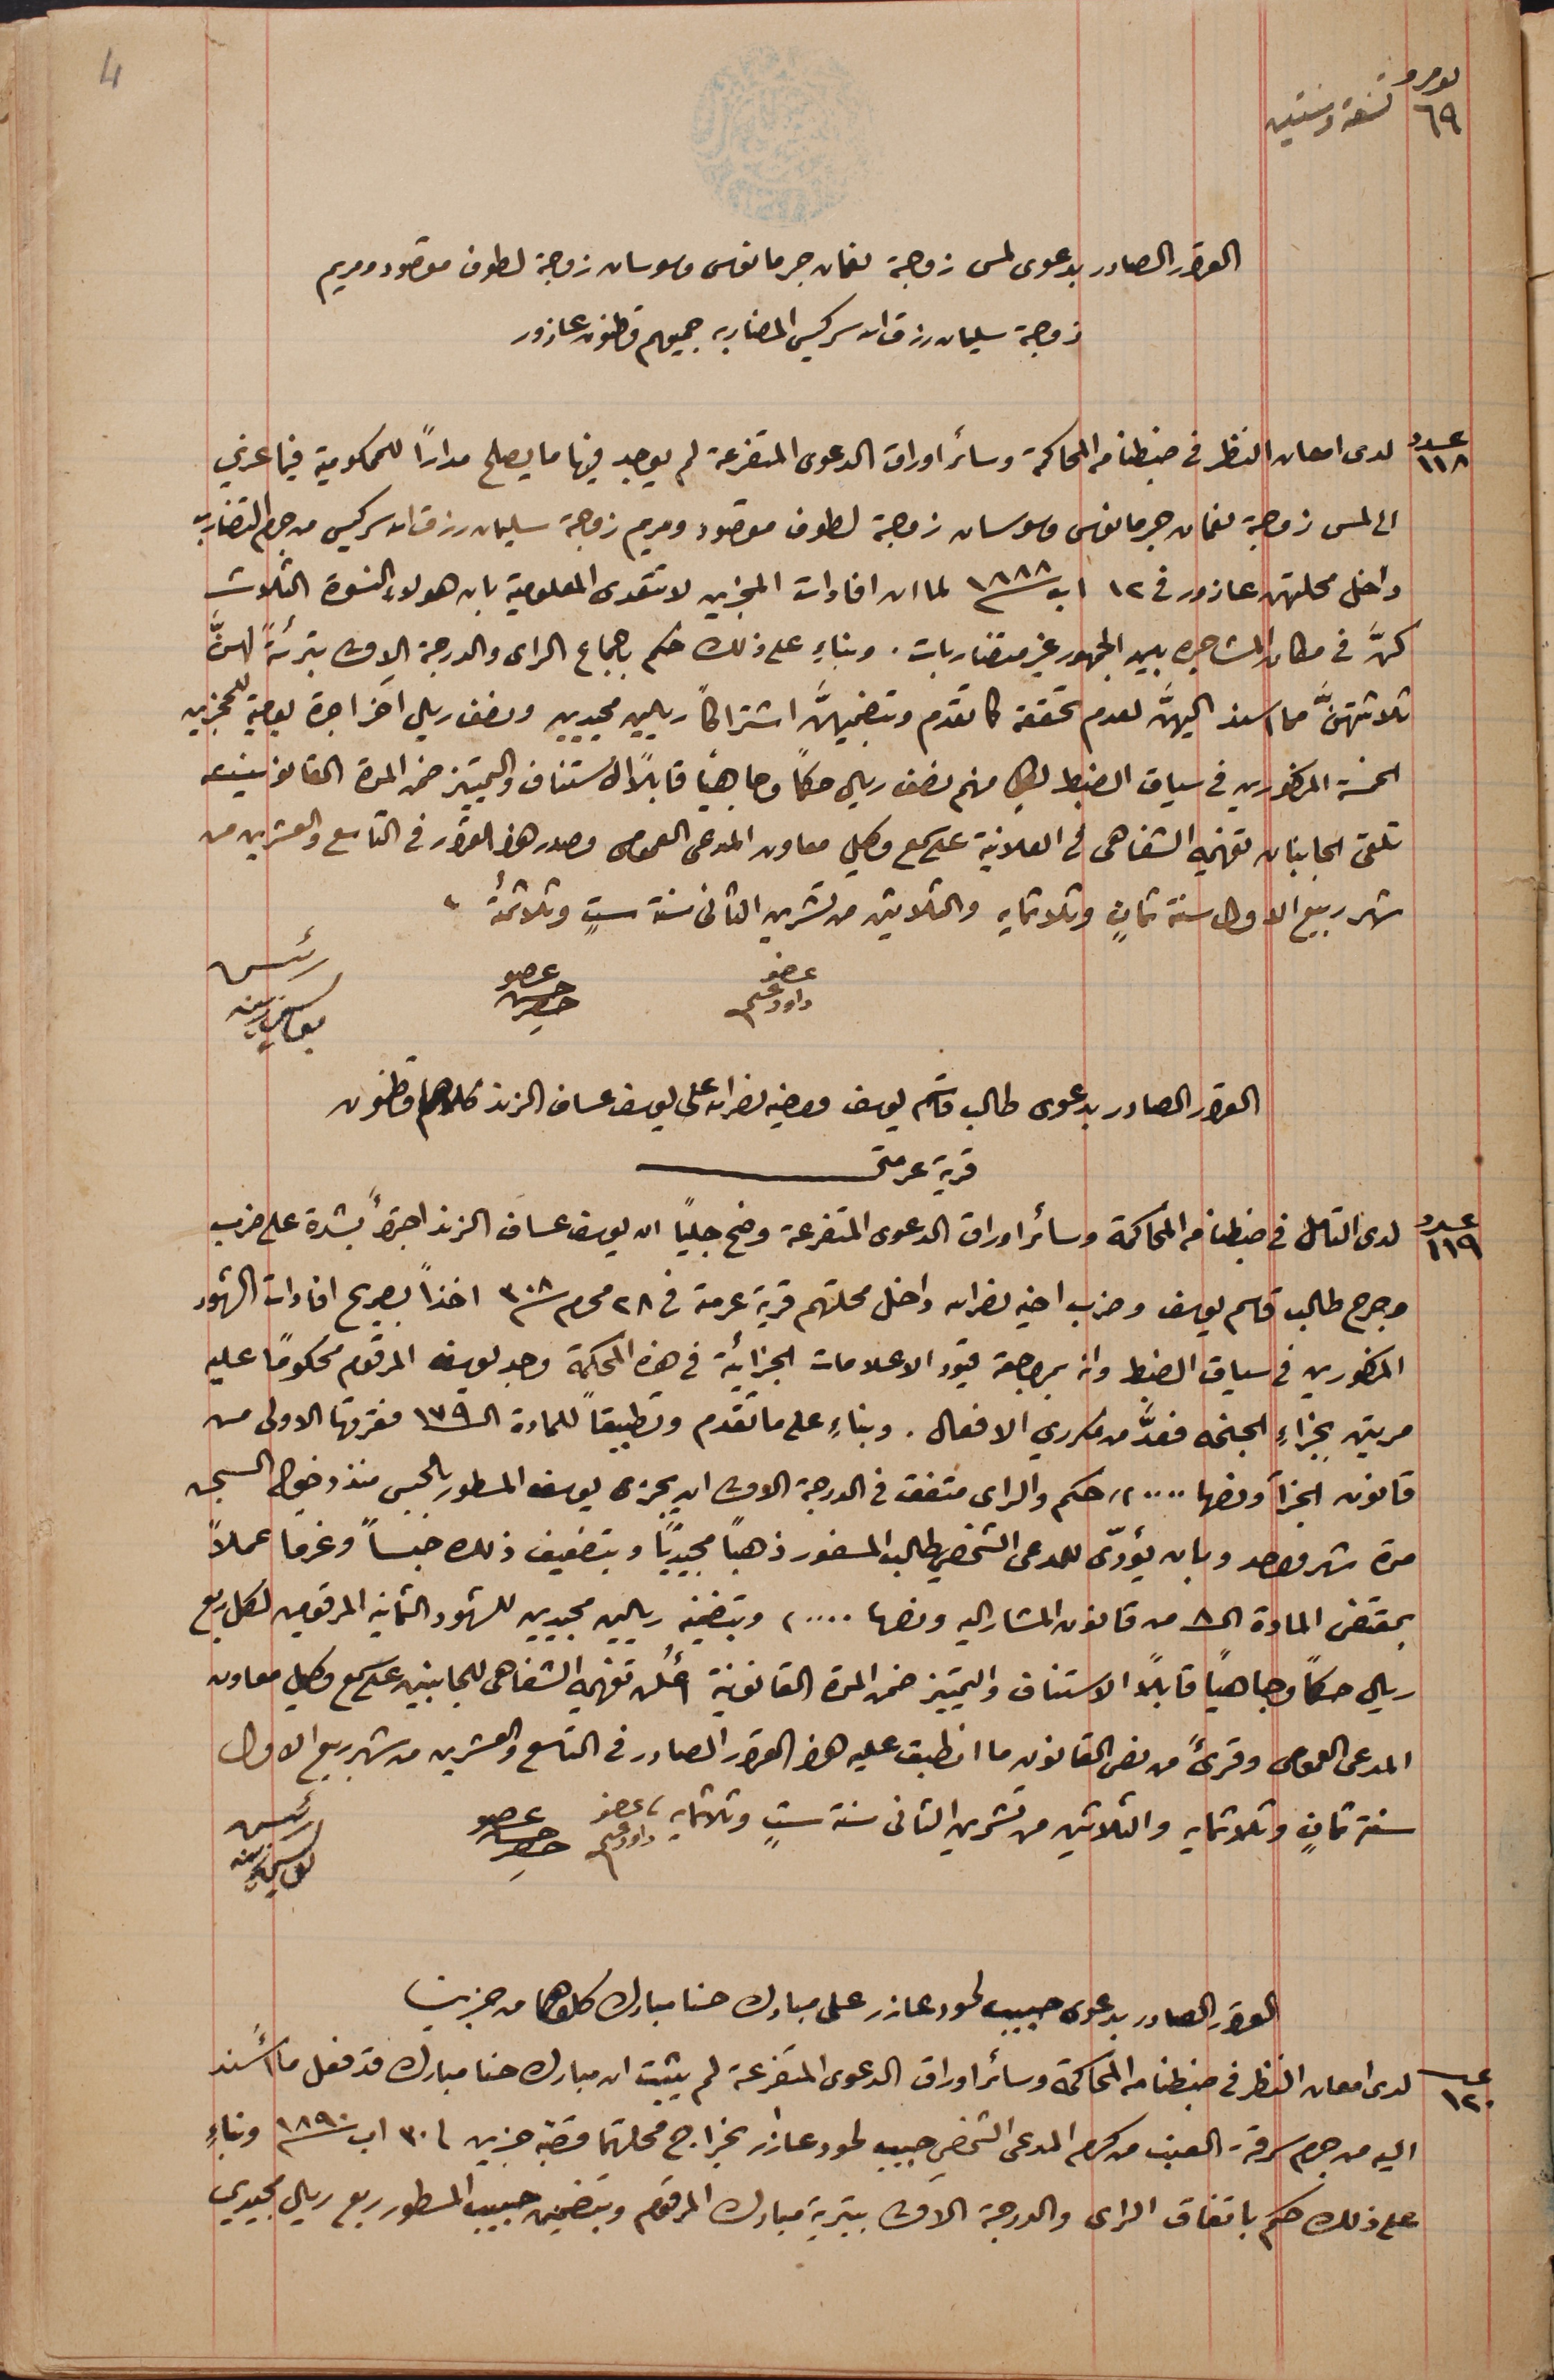
نمرو ٦٩ تسعة وستين
 القرار الصادر بدعوى لمس زوجة نعمان جرمانوس وسوسان زوجة لطوف مقصود ومريم
زوجة سليمان رزق الله سركيس المضاربه جميعهم قاطنون عازور
عدد ١١٨ لدى امعان النظر فى ضبطنا من المحاكمة وسائر اوراق الدعوى المتفرعة لم يوجد فيها ما يصلح مراراً للمحكومية فيما عزي
الى لمس زوجة نعمان جرمانوس وسوسان زوجة لطوف مقصود ومريم زوجة سليمان رزق الله سركيس من جرم التضارب
داخل محلتهن عازور فى ١٢ اب سنة ١٨٨٨ لما ان افادات المجزين لا تتعدى المعلومية بان هؤلاء النسوة الثلاث
كنَّ في مكان المشاجره بين الجمهور غير متضاربات. وبناءٍ على ذلك حكم باجماع الراى والدرجة الاولى بترئةً لهنَّ
ثلاثتهنَّ مما اسند اليهنَّ لعدم تحققه كما تقدم وتضمينهنَّ اشتراكاً ريالين مجيدين ونصف ريال آخر اجرة يومية للمجزين
الخمسة المذكورين في سياق الضبط لكلٍ منهم نصف ريال حكماً وجاهياً قابلاً  الاستناف والتمييز ضمن المدة القانونية
تلقى الجانبان تفهيمه الشفاهى فى العلانية على سمع وكيل معاون المدعى العمومى مصدر هذا القرار فى التاسع والعشرين من
شهر ربيع الاول سنة ثمانٍ وثلاثمايه والثلاثين من تشرين الثانى سنة ستٍ وثلاثمائة.
عضو داود عسى
رئيس يوسف زينه
القرار الصادر بدعوى طالب قاسم يوسف واخيه نصرالله على يوسف عساف الزند كلاهما قاطنون
قرية عرمتى
عدد ١١٩ لدى التامل في ضبطنا من المحاكمة وسائر اوراق الدعوى المتفرعة وضح جلياً ان يوسف عساف الزند اجترأَ بشدة على ضرب
وجرح طالب قاسم يوسف وضرب اخيه نصرالله داخل محلتهم قرية عرمتى فى ٢٨ محرم سنة ٣٠٨ اخذاً بصريح افادات الشهود
المذكورين فى سياق الضبط وان بمراجعة قيود الاعلامات الجزائية فى هذه المحكمة وجد يوسف المرقوم محكوماً عليه
مرتين بجزاءِ الجنحه فعدَّ من مكرري الافعال. وبناءِ على ما تقدم وتطبيقاً للمادة الـ ١٧٩ فقرتها الاولى من
قانون الجزأ ونصها .. .." حكم والراى متفق فى الدرجة الاولى ان يجزى يوسف المسطور بالحبس منذ دخوله السجن
مدة شهر واحد وبان يؤدّى للمدعى الشخصي طلب المسطور ذهباً مجيدياً وبتضعيف ذلك حبساً وغرما عملاً
بمقتضى المادة الـ ٨ من قانون المشار اليه ونصها ....) وبتضمين ريالين مجيدين للشهود والثمانيه المرقومين لكل ربع
ريال حكماً وجاهيًا قابلاً الاستناف والتمييز ضمن المدة القانونية أُعلن تفهيمه الشفاهى للجانبين على سمع وكيل معاون
المدعى العمومى وقرىءَ من نص القانون ما انطبق عليه هذا القرار الصادر فى التاسع والعشرين من شهر ربيع الاول
سنة ثمانٍ وثلاثمايه والثلاثين من تشرين الثانى سنة ستٍ وثلاثمايه.
عضو داود عسى
القرار الصادر بدعوى حبيب لحود عازر على مبارك حنا مبارك كلاهما من جزين
عدد ١٢٠ لدى امعان النظر في ضبطنا من المحاكمة وسائر اوراق الدعوى المتفرعة لم يثبت ان مبارك حنا مبارك قد فعل ما أُسند
اليه من جرم سرقة العنب من كرم المدعى الشخصي حبيب لحود عازر بخراج محلتهما قصبة جزين فى ٣٠ اب سنة ١٨٩٠ وبناءٍ
على ذلك حكم باتفاق الراى والدرجة الاولى بتبرية مبارك المرقوم وبتضمين حبيب المسطور ربع ريال مجيدي
4
عضو حسن حصِر
عضو حسن حصِر
رئيس يوسف زينه